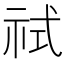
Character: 𰧶